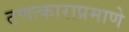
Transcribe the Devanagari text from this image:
टणत्काराप्रमाणे